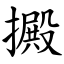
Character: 㩔